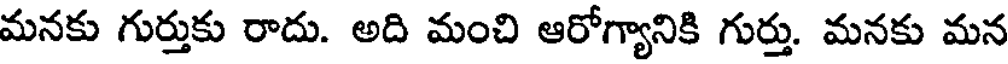
మనకు గుర్తుకు రాదు. అది మంచి ఆరోగ్యానికి గుర్తు. మనకు మన